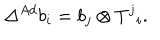
LaTeX: \Delta ^ { A d } b _ { i } = b _ { j } \otimes T ^ { j } { } _ { i } .